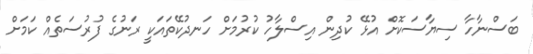
ބަސްނާހާ ސިޔާސަކޮށް އުޅޭ ކުދިން އިސްލާހު ކުރުމަށް ހަނދުކޭތައަކީ ރަނުގެ ފުރުސަތެއް ކަމަށް